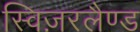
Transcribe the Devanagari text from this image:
स्विज़रलैण्ड